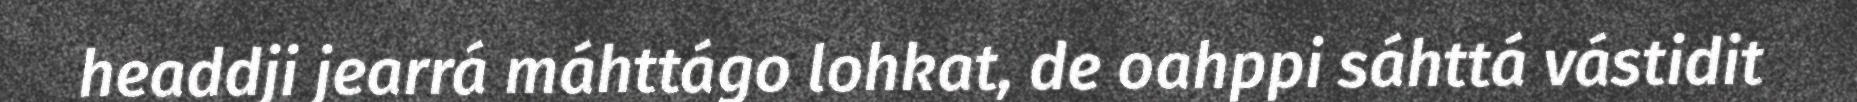
headdji jearrá máhttágo lohkat, de oahppi sáhttá vástidit